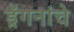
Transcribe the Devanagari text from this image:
ड्रॅगनांचे